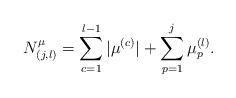
LaTeX: \begin{align*}N^{\mu}_{(j,l)} = \sum_{c=1}^{l-1} |\mu^{(c)}| + \sum_{p=1}^j \mu_p^{(l)}.\end{align*}